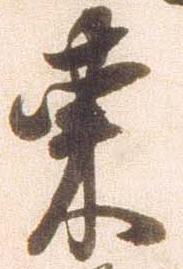
東